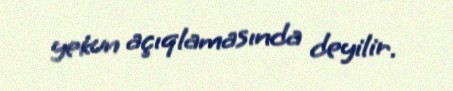
yekun açıqlamasında deyilir.